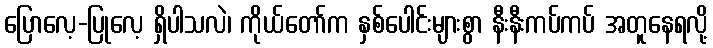
ပြောလေ့-ပြုလေ့ ရှိပါသလဲ၊ ကိုယ်တော်က နှစ်ပေါင်းများစွာ နီးနီးကပ်ကပ် အတူနေရလို့